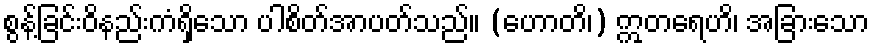
စွန့်ခြင်းဝိနည်းကံရှိသော ပါစိတ်အာပတ်သည်။ (ဟောတိ၊) ဣတရေဟိ၊ အခြားသော